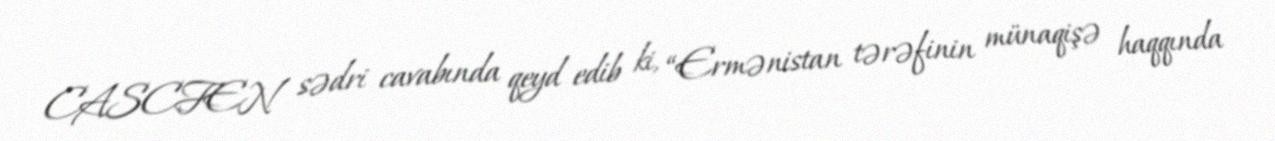
CASCFEN sədri cavabında qeyd edib ki, “Ermənistan tərəfinin münaqişə haqqında